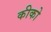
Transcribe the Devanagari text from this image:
कीको